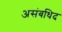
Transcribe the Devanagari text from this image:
असंबधिद